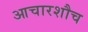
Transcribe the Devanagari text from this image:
आचारशौच